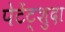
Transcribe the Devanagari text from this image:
पेटेंट्शुदा